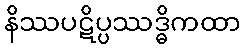
နိဿပဋိပ္ပဿဒ္ဓိကထာ